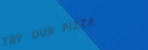
TRY OUR PIZZA